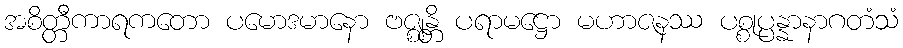
အစိတ္တီကာရကတော ပမောဒမာနော ဗဇ္ဈန္တိ ပရာမဋ္ဌော မဟာဇနဿ ပစ္စုပ္ပန္နာနာဂတံသံ